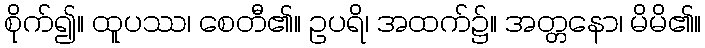
စိုက်၍။ ထူပဿ၊ စေတီ၏။ ဥပရိ၊ အထက်၌။ အတ္တနော၊ မိမိ၏။